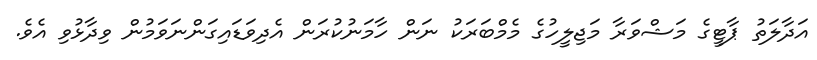
އަދާލަތު ޕާޓީގެ މަޝްވަރާ މަޖިލީހުގެ މެމްބަރަކު ނަން ހާމަނުކުރަން އެދިވަޑައިގަންނަވަމުން ވިދާޅުވި އެވެ.